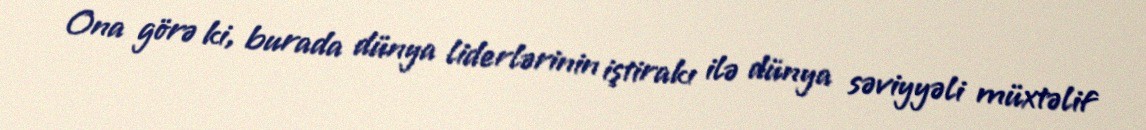
Ona görə ki, burada dünya liderlərinin iştirakı ilə dünya səviyyəli müxtəlif